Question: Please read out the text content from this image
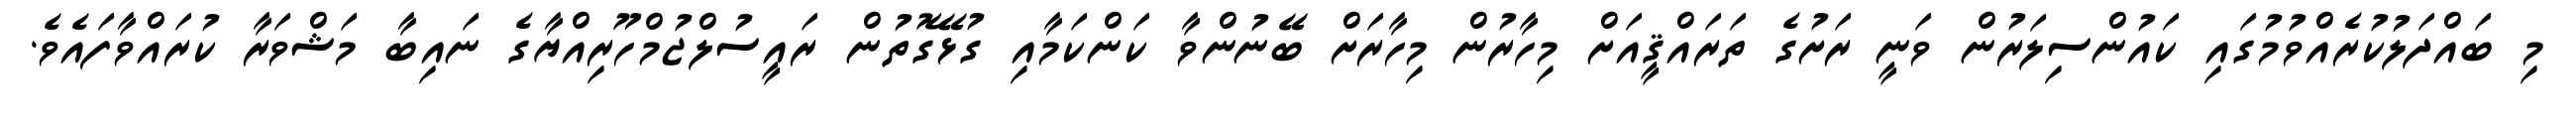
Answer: މި ބައްދަލުކުރެއްވުމުގައި ކައުންސިލަރުން ވަނީ ރަށުގެ ތަރައްޤީއަށް މިހާރުން މިހާރަށް ބޭނުންވާ ކަންކަމާއި ގުޅޭގޮތުން ރައީސުލްޖުމްހޫރިއްޔާގެ ނައިބާ މަޝްވަރާ ކުރައްވާފައެވެ.